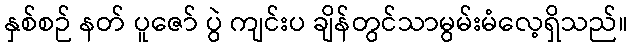
နှစ်စဉ် နတ် ပူဇော် ပွဲ ကျင်းပ ချိန်တွင်သာမွမ်းမံလေ့ရှိသည်။